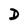
Character: D